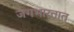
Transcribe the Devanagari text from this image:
जगभारतात